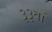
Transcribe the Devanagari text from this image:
३३वां